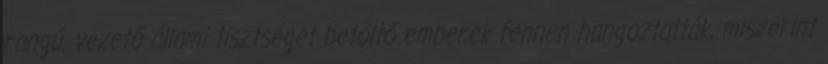
rangú, vezető állami tisztséget betöltő emberek fennen hangoztatták, miszerint